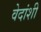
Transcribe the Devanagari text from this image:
वेदांशी